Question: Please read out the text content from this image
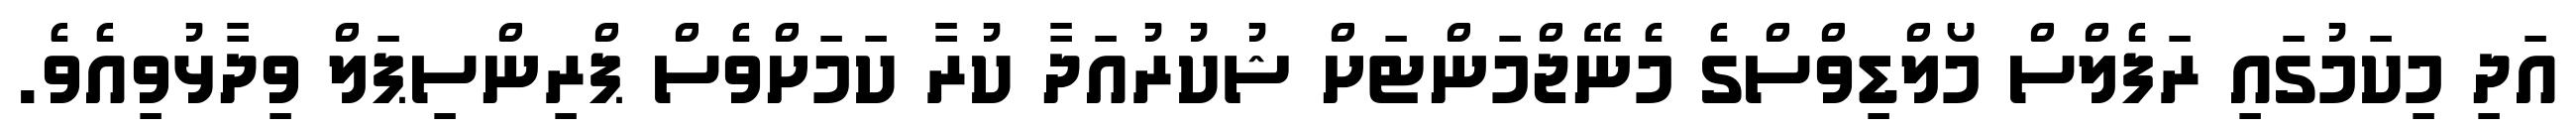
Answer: އަދި މިކަމުގައި ރަފެލްސް މޯލްޑިވްސްގެ މެނޭޖްމަންޓަށް ޝުކުރުއަދާ ކުރާ ކަމަށްވެސް ޕްރިންސިޕަލް ވިދާޅުވިއެވެ.